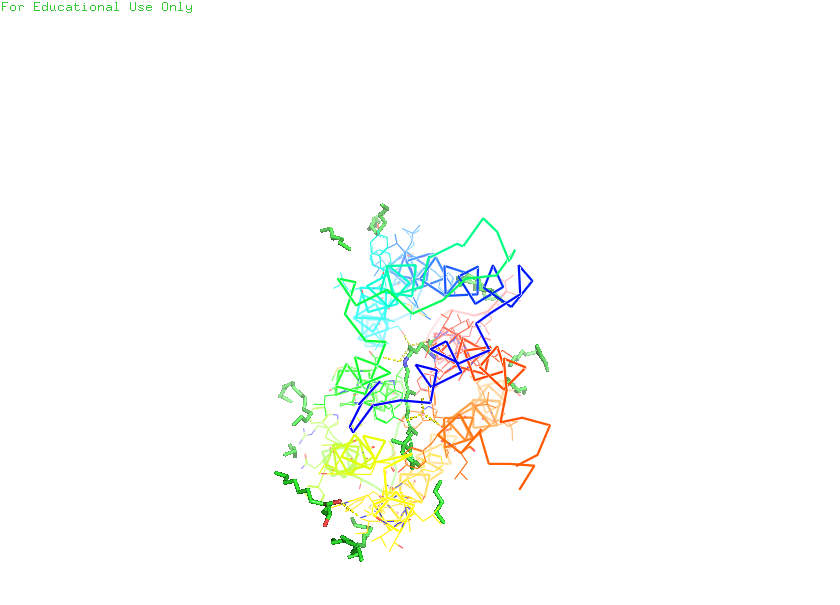
pymol, preset, ligands